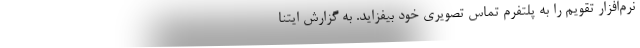
نرم‌افزار تقویم را به پلتفرم تماس تصویری خود بیفزاید. به گزارش ایتنا